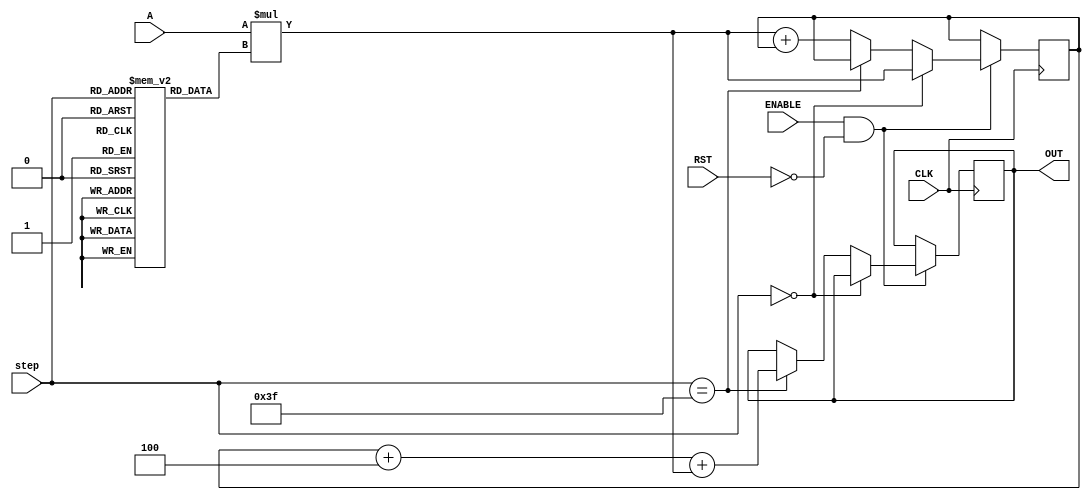
`timescale 1ns / 1ps

module NODE_6(
input signed [35:0] A,
input [5:0] step,
input CLK,
input ENABLE,
input RST,
output reg signed [39:0] OUT //16-bit output
    );
    
reg signed [39:0] accumulator = 40'd0; //store the matrix mult here
reg signed [8:0] weights [63:0]; //store the weights here
reg signed [7:0] bias; //store node bias here

 initial begin
  weights[0]<=9'b111110111;
   weights[1]<=9'b110111100;
   weights[2]<=9'b000101000;
   weights[3]<=9'b111000110;
   weights[4]<=9'b000000011;
   weights[5]<=9'b110101011;
   weights[6]<=9'b000000110;
   weights[7]<=9'b000001001;
   weights[8]<=9'b000001110;
   weights[9]<=9'b111011010;
   weights[10]<=9'b111100101;
   weights[11]<=9'b000010010;
   weights[12]<=9'b000100100;
   weights[13]<=9'b111101001;
   weights[14]<=9'b000100001;
   weights[15]<=9'b111110111;
   weights[16]<=9'b111100110;
   weights[17]<=9'b000100101;
   weights[18]<=9'b110111010;
   weights[19]<=9'b000101111;
   weights[20]<=9'b000001010;
   weights[21]<=9'b111111111;
   weights[22]<=9'b111100011;
   weights[23]<=9'b001000000;
   weights[24]<=9'b000110101;
   weights[25]<=9'b101101011;
   weights[26]<=9'b000100001;
   weights[27]<=9'b000010110;
   weights[28]<=9'b111011101;
   weights[29]<=9'b111111111;
   weights[30]<=9'b111001101;
   weights[31]<=9'b101011010;
   weights[32]<=9'b111111010;
   weights[33]<=9'b111101000;
   weights[34]<=9'b000010001;
   weights[35]<=9'b000000111;
   weights[36]<=9'b000001100;
   weights[37]<=9'b111010001;
   weights[38]<=9'b111101110;
   weights[39]<=9'b000001110;
   weights[40]<=9'b000100000;
   weights[41]<=9'b000101001;
   weights[42]<=9'b000000011;
   weights[43]<=9'b000000011;
   weights[44]<=9'b000100000;
   weights[45]<=9'b111010101;
   weights[46]<=9'b111001011;
   weights[47]<=9'b000101010;
   weights[48]<=9'b111010101;
   weights[49]<=9'b111111010;
   weights[50]<=9'b000100010;
   weights[51]<=9'b000001010;
   weights[52]<=9'b000011101;
   weights[53]<=9'b000000011;
   weights[54]<=9'b110101000;
   weights[55]<=9'b111101100;
   weights[56]<=9'b111101000;
   weights[57]<=9'b000001001;
   weights[58]<=9'b000000011;
   weights[59]<=9'b000000101;
   weights[60]<=9'b000100001;
   weights[61]<=9'b111101111;
   weights[62]<=9'b000110101;
   weights[63]<=9'b111100010;
   bias<=8'b11111100;
 end
 
 //MAIN SYNCHRONOUS ACCUMULATION BLOCK
 always @ ( posedge CLK )
 begin
    if( ENABLE == 1 && RST == 0 )
    begin
        if ( step == 0 )
        begin
            accumulator <=  A * weights[step];
        end
        else if( step == 63 )
        begin
            OUT <= accumulator + bias + A * weights[step];
        end else accumulator <=  A * weights[step] + accumulator;
    end
 end

endmodule